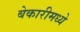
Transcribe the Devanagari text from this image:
बेकारीमध्ये